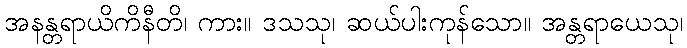
အနန္တရာယိကိနီတိ၊ ကား။ ဒသသု၊ ဆယ်ပါးကုန်သော။ အန္တရာယေသု၊